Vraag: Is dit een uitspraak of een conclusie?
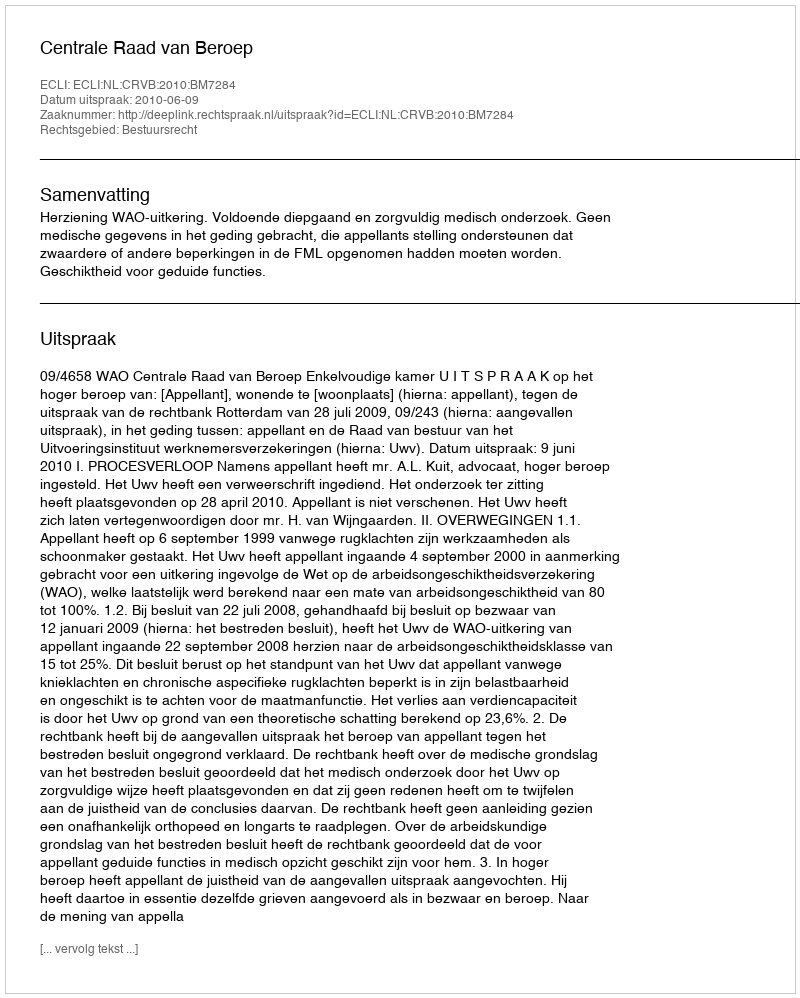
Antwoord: Uitspraak